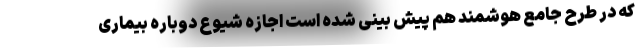
که در طرح جامع هوشمند هم پیش بینی شده است اجازه شیوع دوباره بیماری